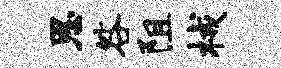
恩咎阻械